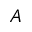
A